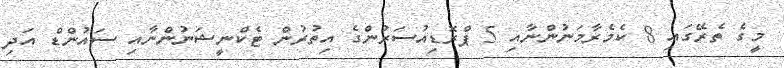
މީގެ ތެރޭގައި 8 ކެމެރާމަނުންނާއި 5 ޕްރޮޑިއުސަރުންގެ އިތުރުން ޓެކްނީޝަނުންނާއި ސައުންޑް އަދި